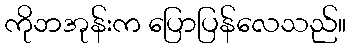
ကိုဘအုန်းက ပြောပြန်လေသည်။